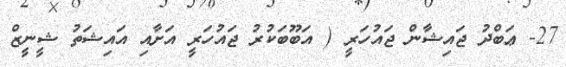
27- ޢަބްދު ޖައިޝާން ޖައުހަރީ ( އަބޫބަކުރު ޖައުހަރީ އަށާއި އައިޝަތު ޝީނީޒް